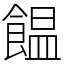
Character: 饂